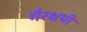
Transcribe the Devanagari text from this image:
गैरक्षयी